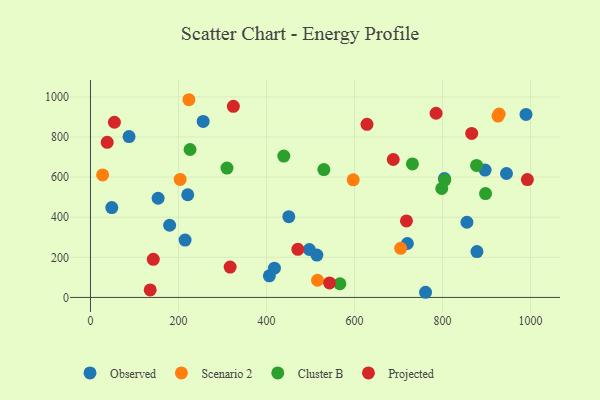
{"axis": {"x": "Price", "y": "Profit"}, "legend": ["Cluster B", "Observed", "Projected", "Scenario 2"], "data": [{"x": "153.7", "y": 494.4, "type": "Observed"}, {"x": "761.5", "y": 25.7, "type": "Observed"}, {"x": "497.4", "y": 239.0, "type": "Observed"}, {"x": "450.7", "y": 402.6, "type": "Observed"}, {"x": "215.0", "y": 286.1, "type": "Observed"}, {"x": "418.0", "y": 146.0, "type": "Observed"}, {"x": "514.5", "y": 211.3, "type": "Observed"}, {"x": "720.2", "y": 268.8, "type": "Observed"}, {"x": "855.5", "y": 374.8, "type": "Observed"}, {"x": "221.0", "y": 511.9, "type": "Observed"}, {"x": "179.9", "y": 359.9, "type": "Observed"}, {"x": "878.3", "y": 228.4, "type": "Observed"}, {"x": "989.8", "y": 912.4, "type": "Observed"}, {"x": "406.5", "y": 107.7, "type": "Observed"}, {"x": "945.4", "y": 617.8, "type": "Observed"}, {"x": "87.6", "y": 801.8, "type": "Observed"}, {"x": "804.5", "y": 592.4, "type": "Observed"}, {"x": "256.1", "y": 877.4, "type": "Observed"}, {"x": "48.4", "y": 448.1, "type": "Observed"}, {"x": "896.8", "y": 634.8, "type": "Observed"}, {"x": "203.8", "y": 588.3, "type": "Scenario 2"}, {"x": "516.0", "y": 85.7, "type": "Scenario 2"}, {"x": "223.7", "y": 985.7, "type": "Scenario 2"}, {"x": "27.6", "y": 610.9, "type": "Scenario 2"}, {"x": "704.9", "y": 244.7, "type": "Scenario 2"}, {"x": "597.1", "y": 586.4, "type": "Scenario 2"}, {"x": "928.8", "y": 914.6, "type": "Scenario 2"}, {"x": "926.3", "y": 904.1, "type": "Scenario 2"}, {"x": "731.7", "y": 665.6, "type": "Cluster B"}, {"x": "226.3", "y": 737.5, "type": "Cluster B"}, {"x": "439.4", "y": 704.7, "type": "Cluster B"}, {"x": "798.3", "y": 543.2, "type": "Cluster B"}, {"x": "530.4", "y": 637.4, "type": "Cluster B"}, {"x": "877.5", "y": 658.2, "type": "Cluster B"}, {"x": "310.2", "y": 644.8, "type": "Cluster B"}, {"x": "897.8", "y": 518.0, "type": "Cluster B"}, {"x": "805.2", "y": 585.1, "type": "Cluster B"}, {"x": "566.8", "y": 68.1, "type": "Cluster B"}, {"x": "38.0", "y": 773.2, "type": "Projected"}, {"x": "471.3", "y": 239.8, "type": "Projected"}, {"x": "866.4", "y": 817.6, "type": "Projected"}, {"x": "324.7", "y": 952.6, "type": "Projected"}, {"x": "992.9", "y": 587.7, "type": "Projected"}, {"x": "317.4", "y": 151.5, "type": "Projected"}, {"x": "688.1", "y": 687.8, "type": "Projected"}, {"x": "628.4", "y": 862.9, "type": "Projected"}, {"x": "543.3", "y": 72.2, "type": "Projected"}, {"x": "135.7", "y": 37.3, "type": "Projected"}, {"x": "142.7", "y": 189.9, "type": "Projected"}, {"x": "785.4", "y": 918.2, "type": "Projected"}, {"x": "54.4", "y": 873.5, "type": "Projected"}, {"x": "718.1", "y": 381.2, "type": "Projected"}]}